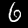
Digit: 6